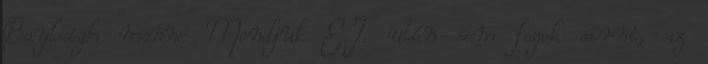
Bayleigh menne Mondjuk E.T. után sem fogok sírni, az